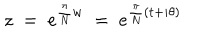
z \; = \; e ^ { \frac { \pi } { N } w } \; = \; e ^ { \frac { \pi } { N } ( t + i \theta ) }